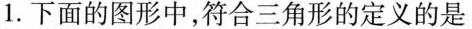
1. 下面的图形中，符合三角形的定义的是